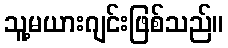
သူ့မယားဂျင်းဖြစ်သည်။